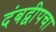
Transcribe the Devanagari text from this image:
दंबद्वीपचा